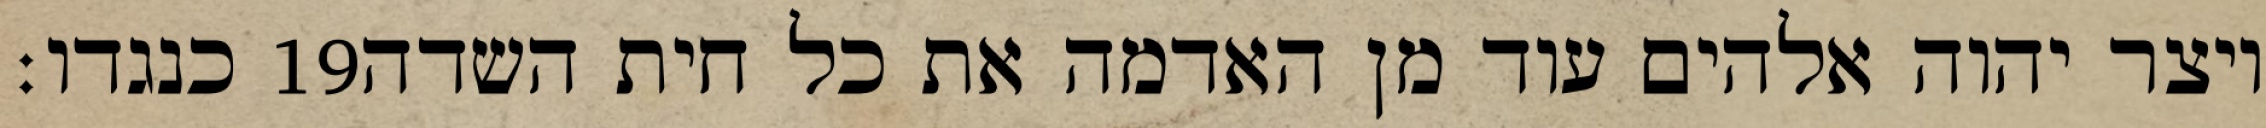
כנגדו׃ ‎19‏ ויצר יהוה אלהים עוד מן האדמה את כל חית השדה